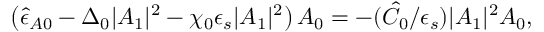
\begin{array} { r } { \left( \hat { \epsilon } _ { A 0 } - \Delta _ { 0 } \lvert A _ { 1 } \rvert ^ { 2 } - \chi _ { 0 } \epsilon _ { s } \lvert A _ { 1 } \rvert ^ { 2 } \right) A _ { 0 } = - ( \hat { C } _ { 0 } / \epsilon _ { s } ) \lvert A _ { 1 } \rvert ^ { 2 } A _ { 0 } , } \end{array}